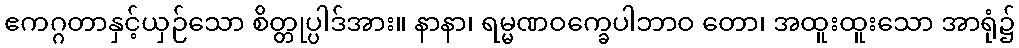
ဧကဂ္ဂတာနှင့်ယှဉ်သော စိတ္တုပ္ပါဒ်အား။ နာနာ၊ ရမ္မဏဝက္ခေပါဘာဝ တော၊ အထူးထူးသော အာရုံ၌